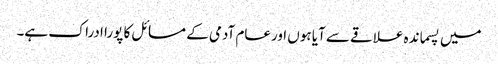
میں پسماندہ علاقے سے آیا ہوں اورعام آدمی کے مسائل کا پورا ادراک ہے۔